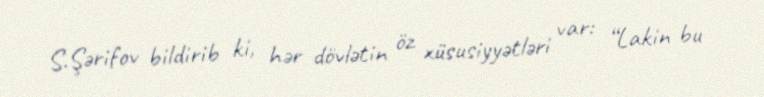
S.Şərifov bildirib ki, hər dövlətin öz xüsusiyyətləri var: “Lakin bu